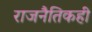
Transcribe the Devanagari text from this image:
राजनैतिकही